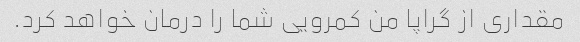
مقداری از گراپا من کمرویی شما را درمان خواهد کرد.